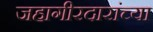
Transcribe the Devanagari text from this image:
जहागीरदारांच्या